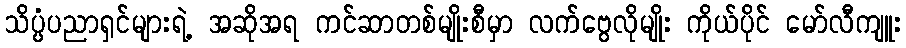
သိပ္ပံပညာရှင်များရဲ့ အဆိုအရ ကင်ဆာတစ်မျိုးစီမှာ လက်ဗွေလိုမျိုး ကိုယ်ပိုင် မော်လီကျူး